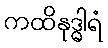
ကထိနုဒ္ဓါရံ